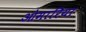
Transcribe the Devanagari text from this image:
ओमारिया